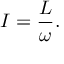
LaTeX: I = { \frac { L } { \omega } } .